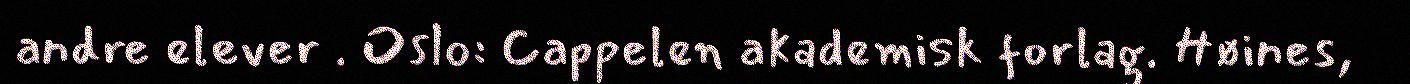
andre elever . Oslo: Cappelen akademisk forlag. Høines,